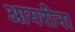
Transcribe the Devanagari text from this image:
आयरीना